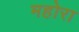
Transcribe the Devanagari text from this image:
महोरा